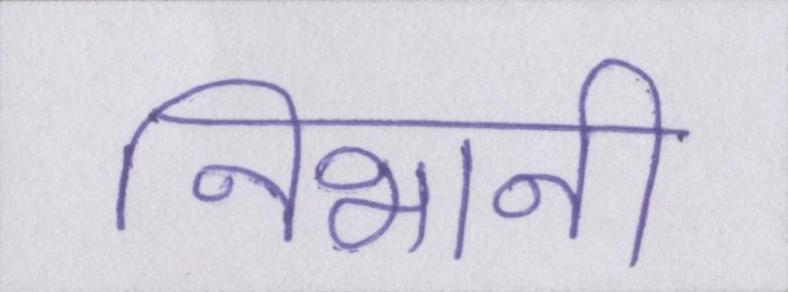
निभानी